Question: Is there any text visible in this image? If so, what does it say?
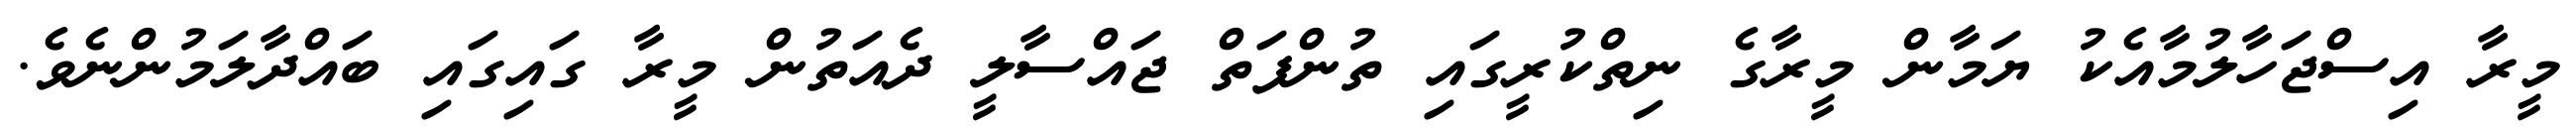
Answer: މީރާ އިސްޖަހާލުމާއެކު ޔަމާން މީރާގެ ނިތްކުރީގައި ތުންފަތް ޖައްސާލީ ދެއަތުން މީރާ ގައިގައި ބައްދާލަމުންނެވެ.